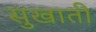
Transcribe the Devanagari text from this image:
सुखाती